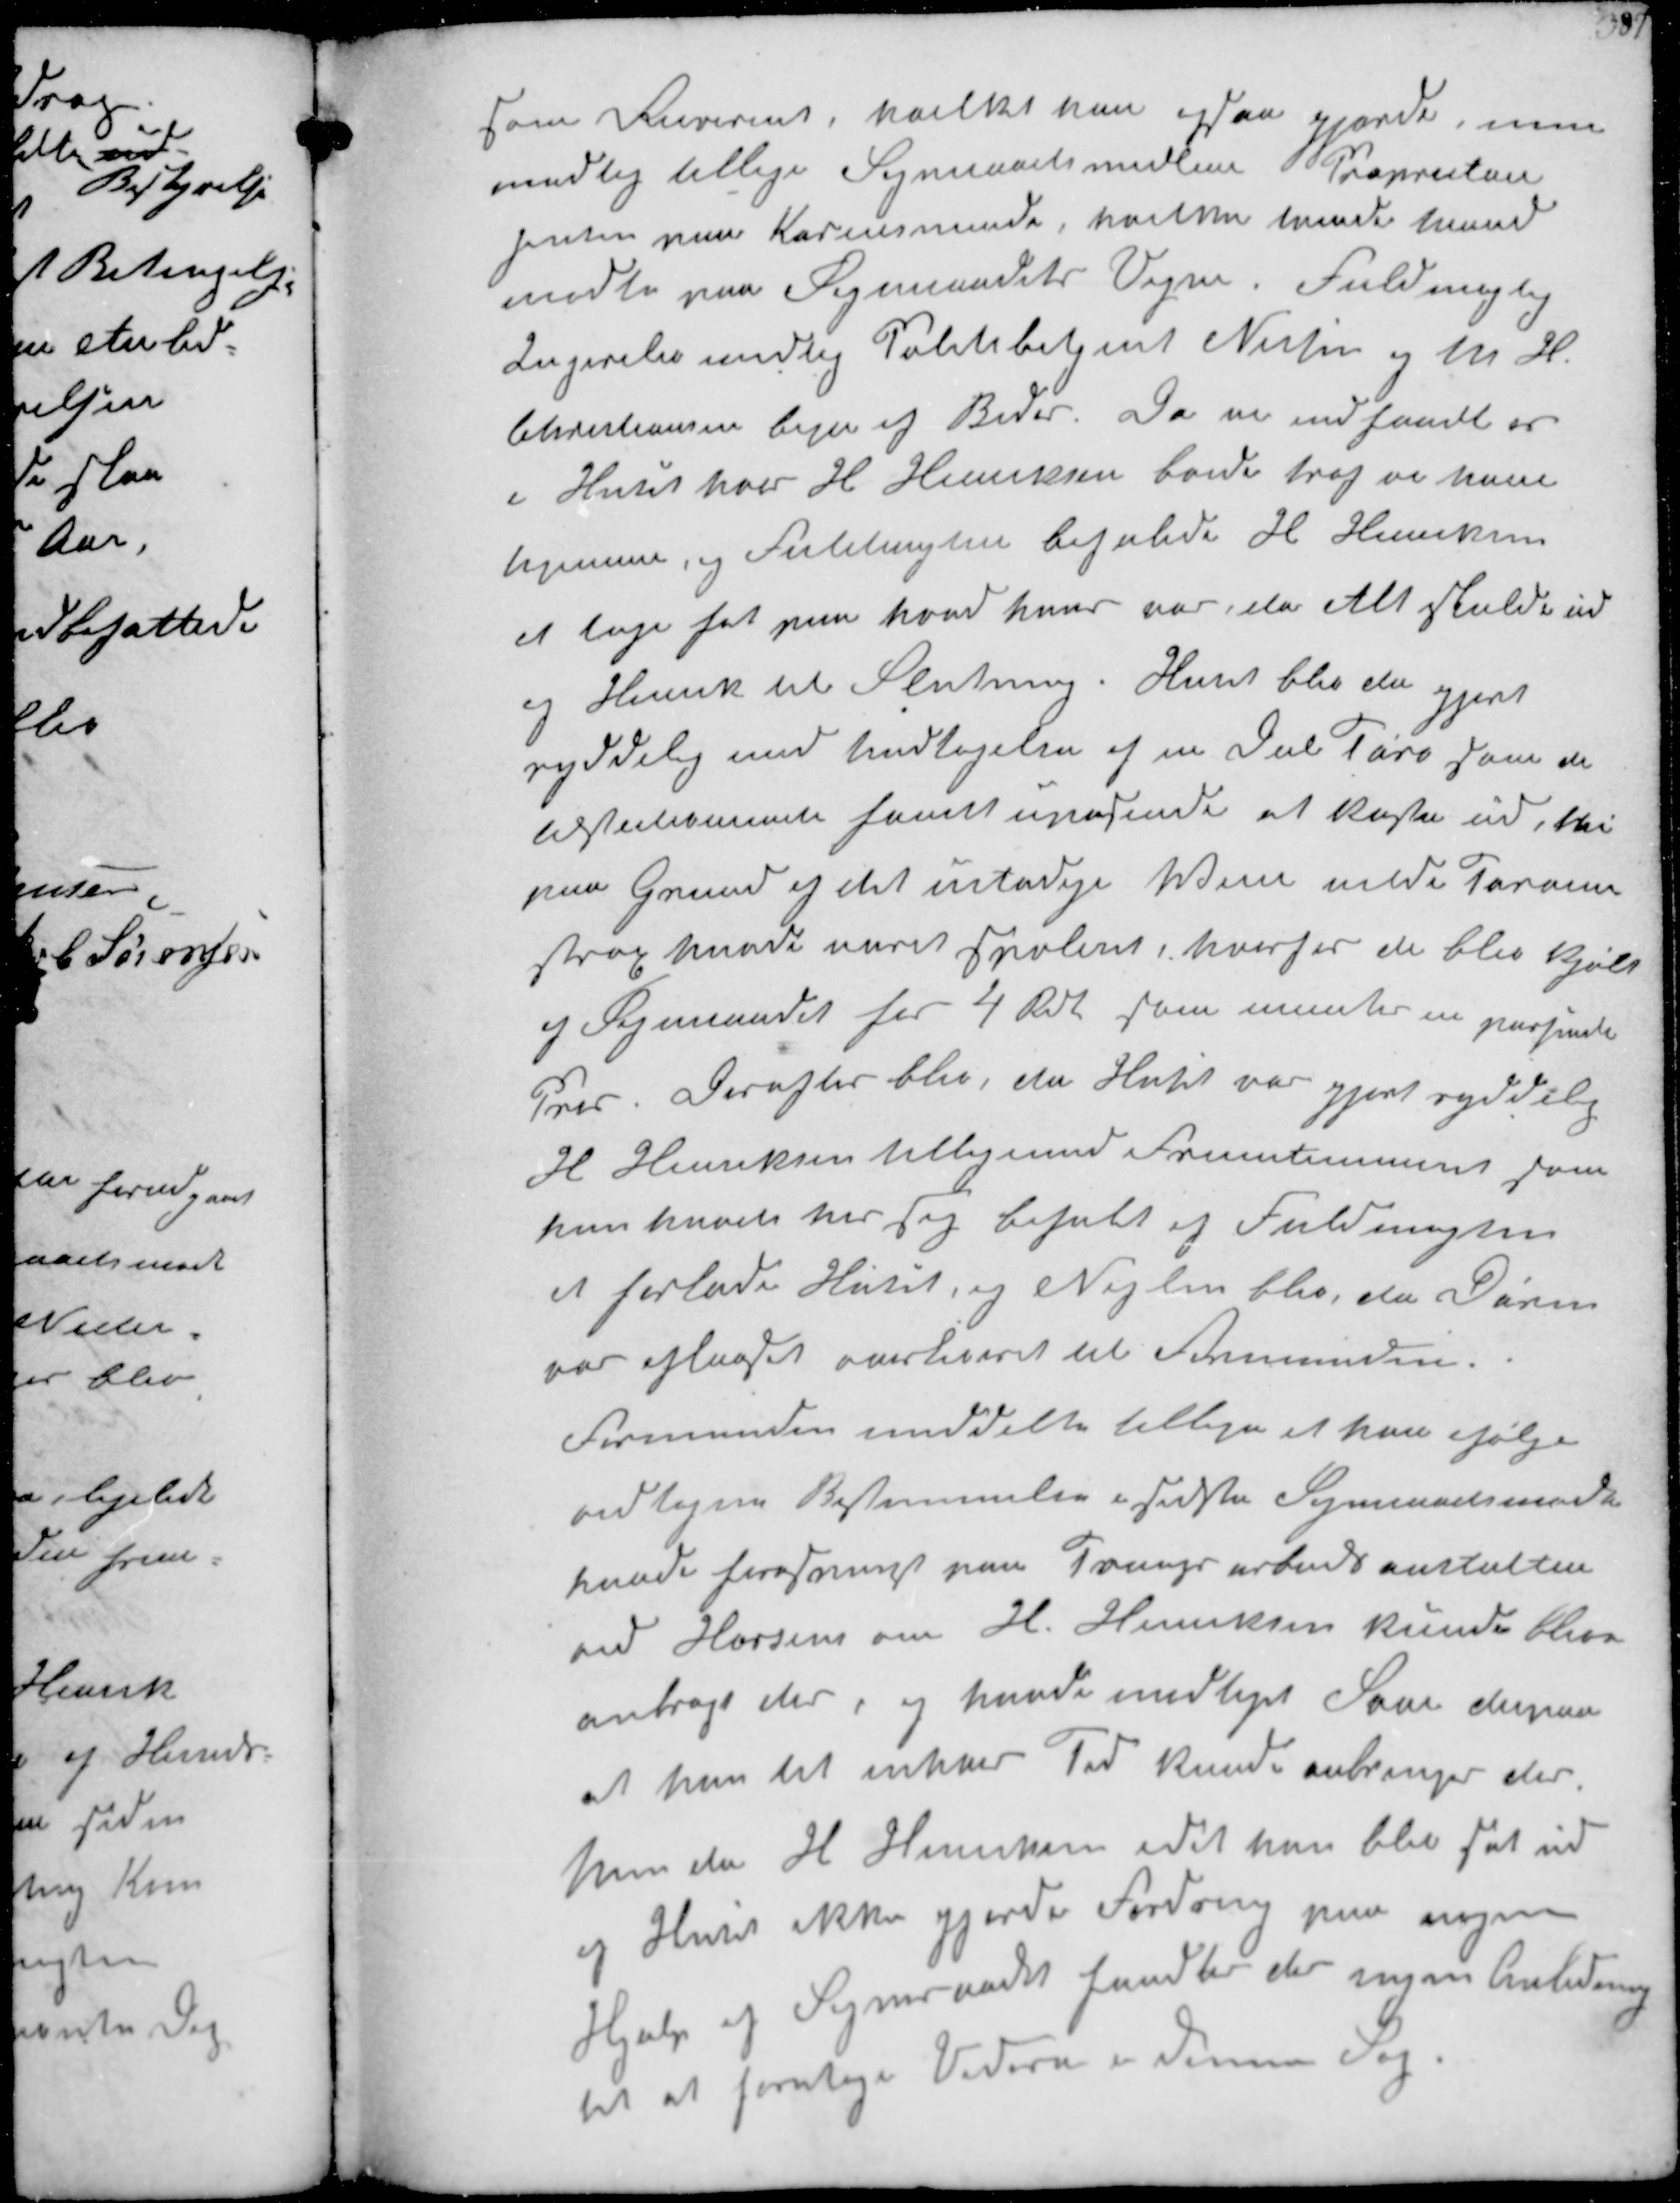
Transskription:
som Rekvirant hvilket han ogsaa gjorde men
medtog tillige Sogneraadsmedlem Proprietair
Jensen paa Karensminde hvilke tvende mand
mødte paa Sogneraadetrs Vegne. Fuldmægtig
Ingerslev medtog Politiebetjent Nielsen og M H
Christiansen bege af Beder. Da vi indfandt os
i Huset hvor H Hansen boede traf vi ham
hjemme, og Fuldmagten befalede H Hansen
at tage fat paa hvad hans var da Alt skulde ud
af Huset til Slutning. Huset blev da gjort
ryddelig med Undtagelse af en Del Tørv som de
tilstedeværende fandt upassende at kaste ud, thi
paa Grund og det ustadige Vejr vilde Tørven
strax have været spoleret, hvorfor de blev kjøbt
og Sognraadet for 4 Rdl som mentes en passende
Pris Derefter blev, da Huset var gjort ryddelig
H Henriksen tilligemed Fruentimmeret som
han havde hos sig befalet af Fuldmagten
at forlade Huset, og Nøglen blev, da Døren
var aflaast overleveret til Formanden.
Formanden meddelte tillige at han ifølge
vedtagne Bestemmelse i sidste Sogneraadsmøde
havde forespurgt paa Tvangsarbejdsantalten
ved Horsens om H. Hansen kunde bleve
antragt der, og havde modtaget Svar derpaa
at han til enhver Tid kunde anbringer der
Men da H Henriksen idet han blev sat ud
af Huset ikke gjorde Fordring paa nogen
Hjælp og Sogneraadet fandtes der ingen Anledning
til at foretage Videre i denne Sag